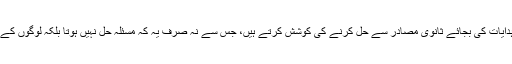
بعض لوگ جدید دور میں پیش آمدہ معاشی مسائل کو قرآن و حدیث میں دی گئی ابدی ہدایات کی بجائے ثانوی مصادر سے حل کرنے کی کوشش کرتے ہیں، جس سے نہ صرف یہ کہ مسئلہ حل نہیں ہوتا بلکہ لوگوں کے ذہن میں دین کی عملیت کے بارے میں شکوک و شبہات جنم لینا شروع ہو جاتے ہیں۔